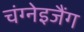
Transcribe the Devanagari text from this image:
चंग्नेइजैंग